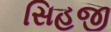
સિહજી